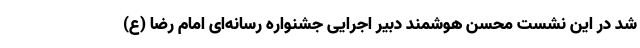
شد در این نشست محسن هوشمند دبیر اجرایی جشنواره رسانه‌ای امام رضا (ع)